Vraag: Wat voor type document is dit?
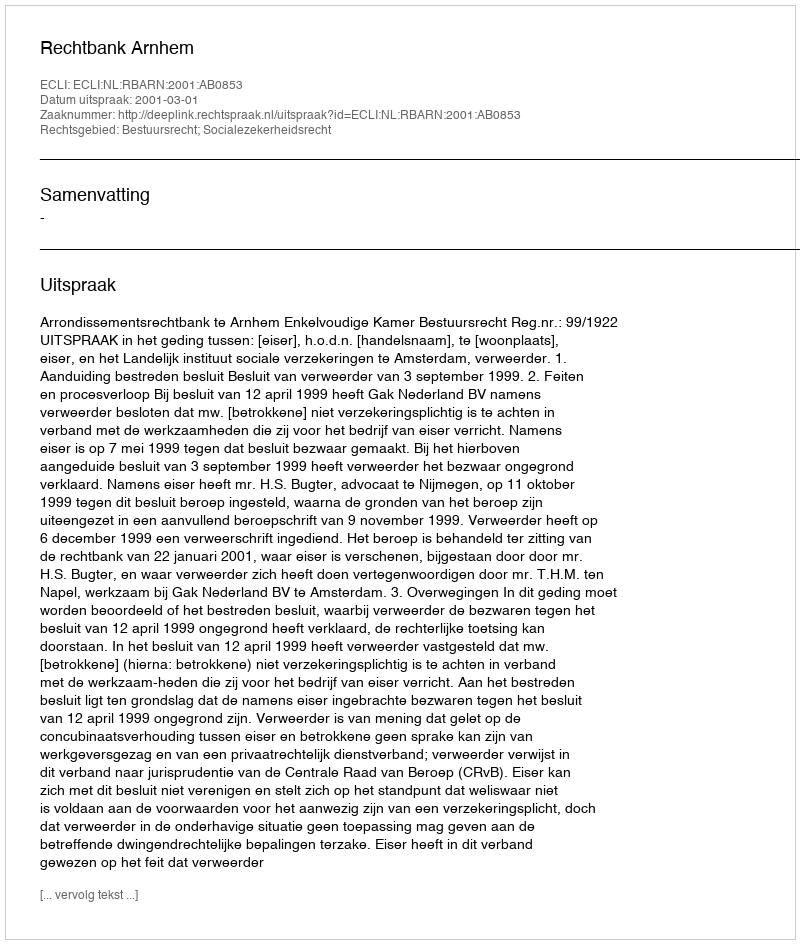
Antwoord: Uitspraak